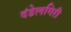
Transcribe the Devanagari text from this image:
दंडेलगिरी